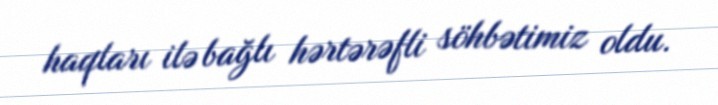
haqları ilə bağlı hərtərəfli söhbətimiz oldu.